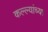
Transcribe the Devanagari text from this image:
कल्ल्यांच्या